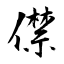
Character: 僸